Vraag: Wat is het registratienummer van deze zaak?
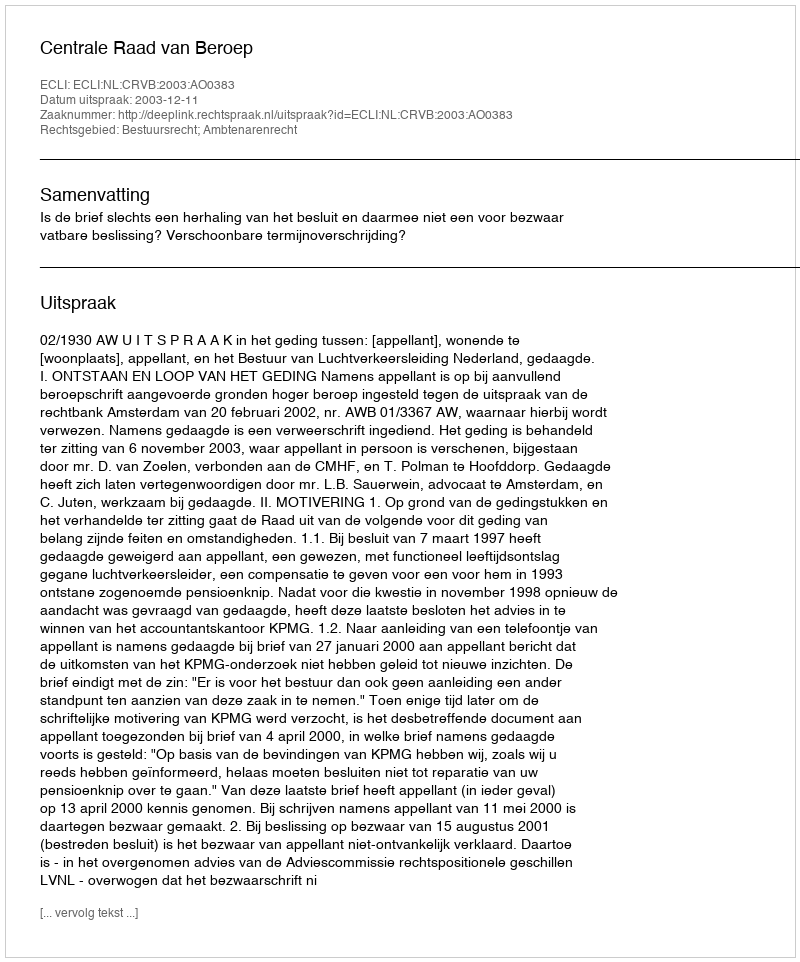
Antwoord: http://deeplink.rechtspraak.nl/uitspraak?id=ECLI:NL:CRVB:2003:AO0383